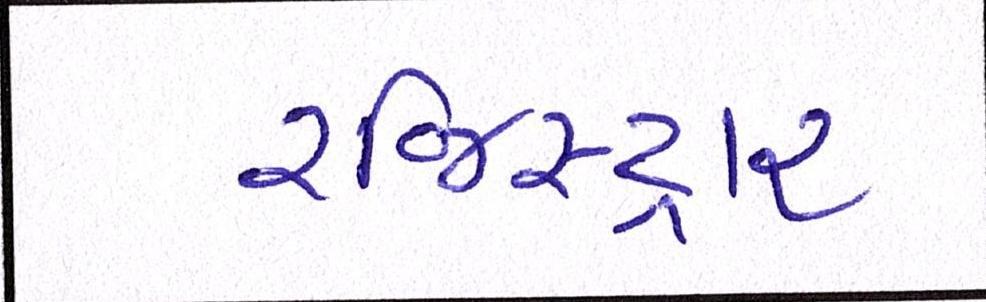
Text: રજિસ્ટ્રાર